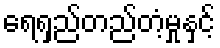
ရေရှည်တည်တံ့မှုနှင့်